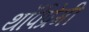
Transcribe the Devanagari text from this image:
थॉर्पप्रेमी